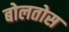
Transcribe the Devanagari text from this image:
बोलतोस